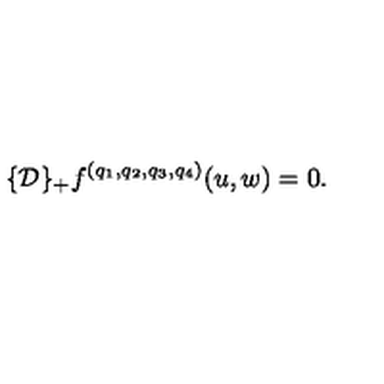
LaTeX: \{ { \cal D } \} _ { + } f ^ { ( q _ { 1 } , q _ { 2 } , q _ { 3 } , q _ { 4 } ) } ( u , w ) = 0 .